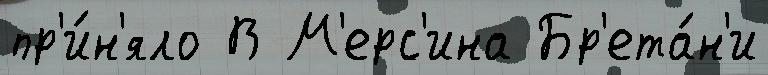
пр'и́н'яло В М'ерс'ина Бр'ета́н'и